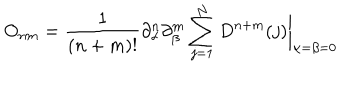
LaTeX: O _ { n m } = { \frac { 1 } { ( n + m ) ! } } \partial _ { \alpha } ^ { n } \partial _ { \beta } ^ { m } \sum _ { j = 1 } ^ { N } D ^ { n + m } ( j ) \biggr | _ { \alpha = \beta = 0 }